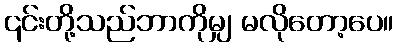
၎င်းတို့သည်ဘာကိုမျှ မလိုတော့ပေ။